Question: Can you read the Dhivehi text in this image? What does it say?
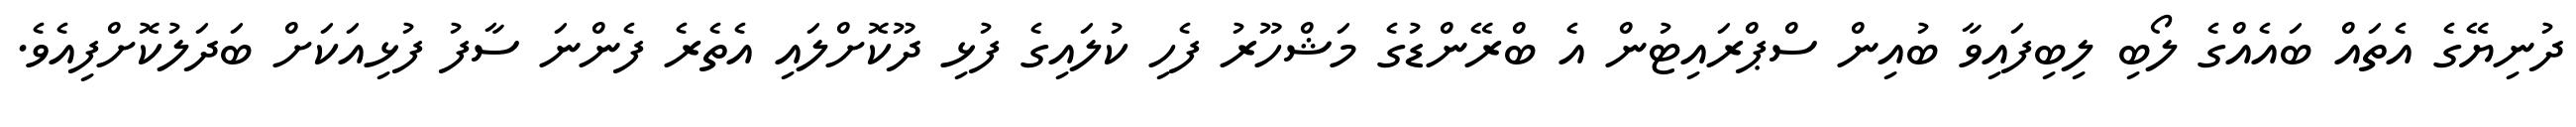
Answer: ދުނިޔޭގެ އެތައް ބައެއްގެ ލޯބި ލިބިފައިވާ ބުއިން ސްޕްރައިޓުން އެ ބްރޭންޑުގެ މަޝްހޫރު ފެހި ކުލައިގެ ފުޅި ދޫކޮށްލައި އެތެރެ ފެންނަ ސާފު ފުޅިއަކަށް ބަދަލުކޮށްފިއެވެ.